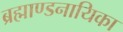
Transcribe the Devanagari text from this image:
ब्रह्माण्डनायिका